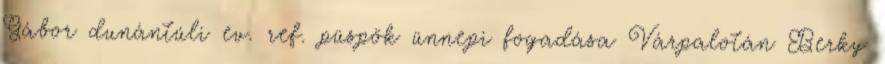
Gábor dunántúli ev. ref. püspök ünnepi fogadása Várpalotán Berky